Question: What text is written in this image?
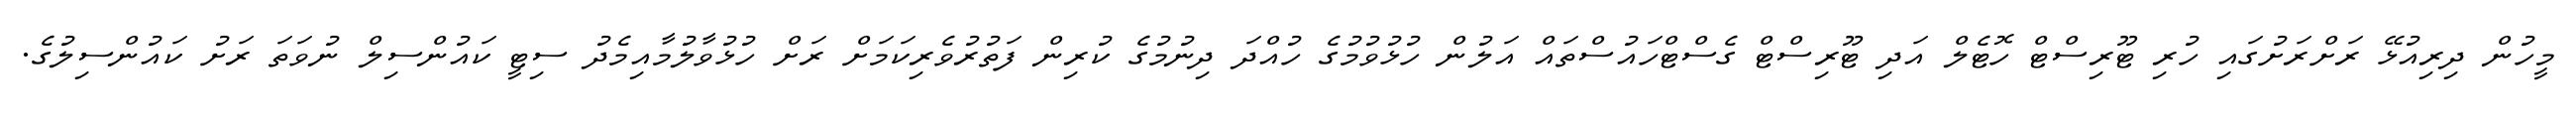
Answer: މީހުން ދިރިއުޅޭ ރަށްރަށުގައި ހުރި ޓޫރިސްޓް ހޮޓެލް އަދި ޓޫރިސްޓް ގެސްޓްހައުސްތައް އަލުން ހުޅުވުމުގެ ހުއްދަ ދިނުމުގެ ކުރިން ފަތުރުވެރިކަމަށް ރަށް ހުޅުވާލުމާއިމެދު ސިޓީ ކައުންސިލް ނުވަތަ ރަށު ކައުންސިލުގެ.